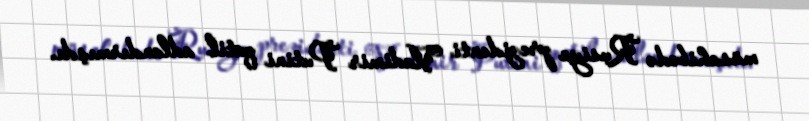
müsahibədə Rusiya prezidenti Vladimir Putini qatil adlandırmışdı.